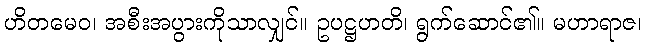
ဟိတမေဝ၊ အစီးအပွားကိုသာလျှင်။ ဥပဋ္ဌဟတိ၊ ရွက်ဆောင်၏။ မဟာရာဇ၊